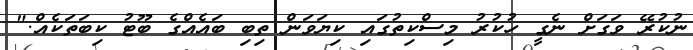
ނުކުރޭ ވަގަށް ނެގީ ހުކުރު މިސްކިތުގައި ކިޔަވަން ތިބި ބައެއްގެ ބޫޓު ކިބަތަކެއް."